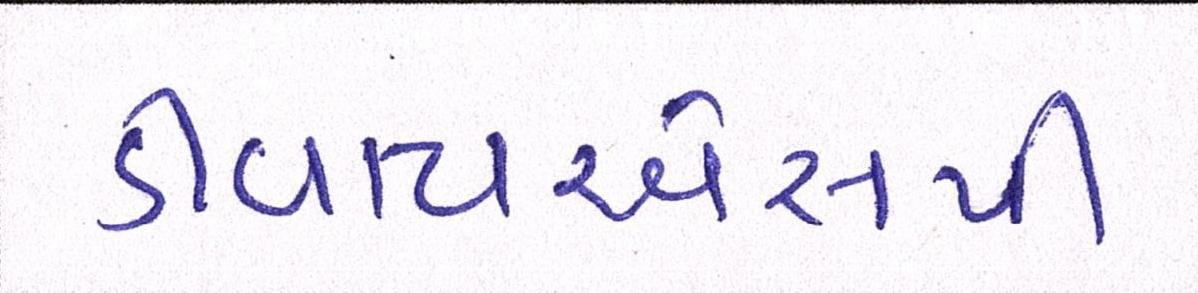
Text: ડીવાયએસપી